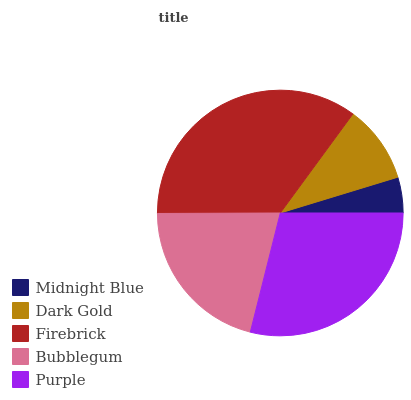
| Midnight Blue | Dark Gold | Firebrick | Bubblegum | Purple |
 | --- | --- | --- | --- | --- |
 | 4.71% | 10.2% | 35.1% | 21% | 28.9% |